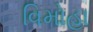
વિમોહા